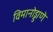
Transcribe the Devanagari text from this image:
विमानोड्डाणे